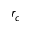
r _ { c }